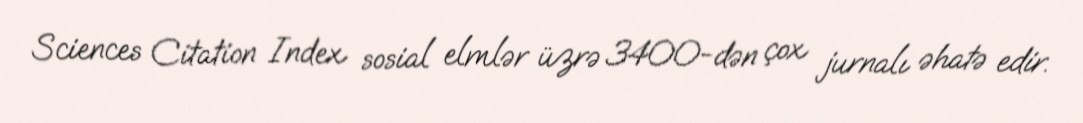
Sciences Citation Index sosial elmlər üzrə 3400-dən çox jurnalı əhatə edir.